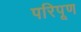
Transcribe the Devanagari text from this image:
परिपूण